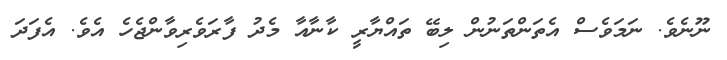
ނޫނެވެ. ނަމަވެސް އެތަންތަނުން ލިބޭ ތައްޔާރީ ކާނާއާ މެދު ފާރަވެރިވާންޖެހެ އެވެ. އެފަދަ